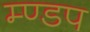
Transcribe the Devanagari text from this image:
म्ण्डप